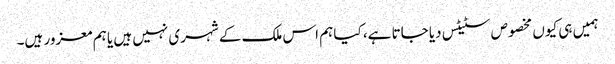
ہمیں ہی کیوں مخصوص سٹیٹس دیا جاتا ہے، کیا ہم اس ملک کے شہری نہیں ہیں یا ہم معزور ہیں۔